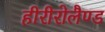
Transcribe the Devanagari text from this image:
हीरीरोलैण्ड